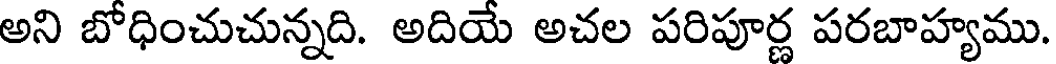
అని బోధించుచున్నది. అదియే అచల పరిపూర్ణ పరబాహ్యము.